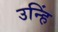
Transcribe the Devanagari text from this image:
उन्हिं